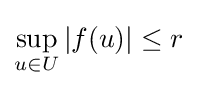
\sup _{u\in U}|f(u)|\leq r